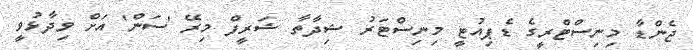
ޖެންޑާ މިނިސްޓްރީގެ ޑެޕިއުޓީ މިނިސްޓަރު ޝިދާތާ ޝަރީފް މިރޭ 'ސަން' އަށް ވިދާޅުވީ